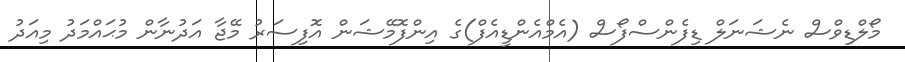
މޯލްޑިވްސް ނެޝަނަލް ޑިފެންސްފޯސް (އެމްއެންޑީއެފް)ގެ އިންފޮމޭޝަން އޮފިސަރު މޭޖާ އަދުނާން މުޙައްމަދު މިއަދު